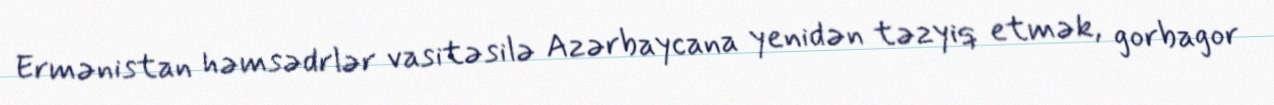
Ermənistan həmsədrlər vasitəsilə Azərbaycana yenidən təzyiq etmək, gorbagor